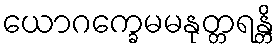
ယောဂက္ခေမမနုတ္တရန္တိ